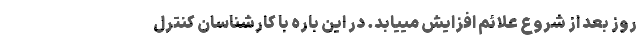
روز بعد از شروع علائم افزایش مییابد. در این باره با کارشناسان کنترل